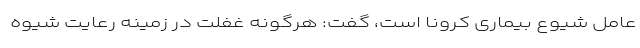
عامل شیوع بیماری کرونا است، گفت: هرگونه غفلت در زمینه رعایت شیوه‌